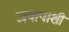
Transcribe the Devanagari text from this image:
जयापाशीं